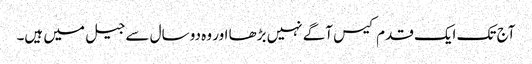
آج تک ایک قدم کیس آگے نہیں بڑھا اور وہ دو سال سے جیل میں ہیں۔